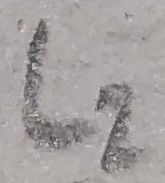
Text: L2